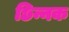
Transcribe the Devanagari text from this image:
छिन्नक